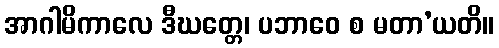
အာဂါမိကာလေ ဒီဃတ္တေ၊ ပဘာဝေ စ မတာ’ယတိ။